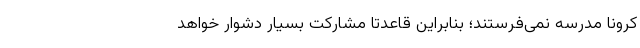
کرونا مدرسه نمی‌فرستند؛ بنابراین قاعدتاً مشارکت بسیار دشوار خواهد